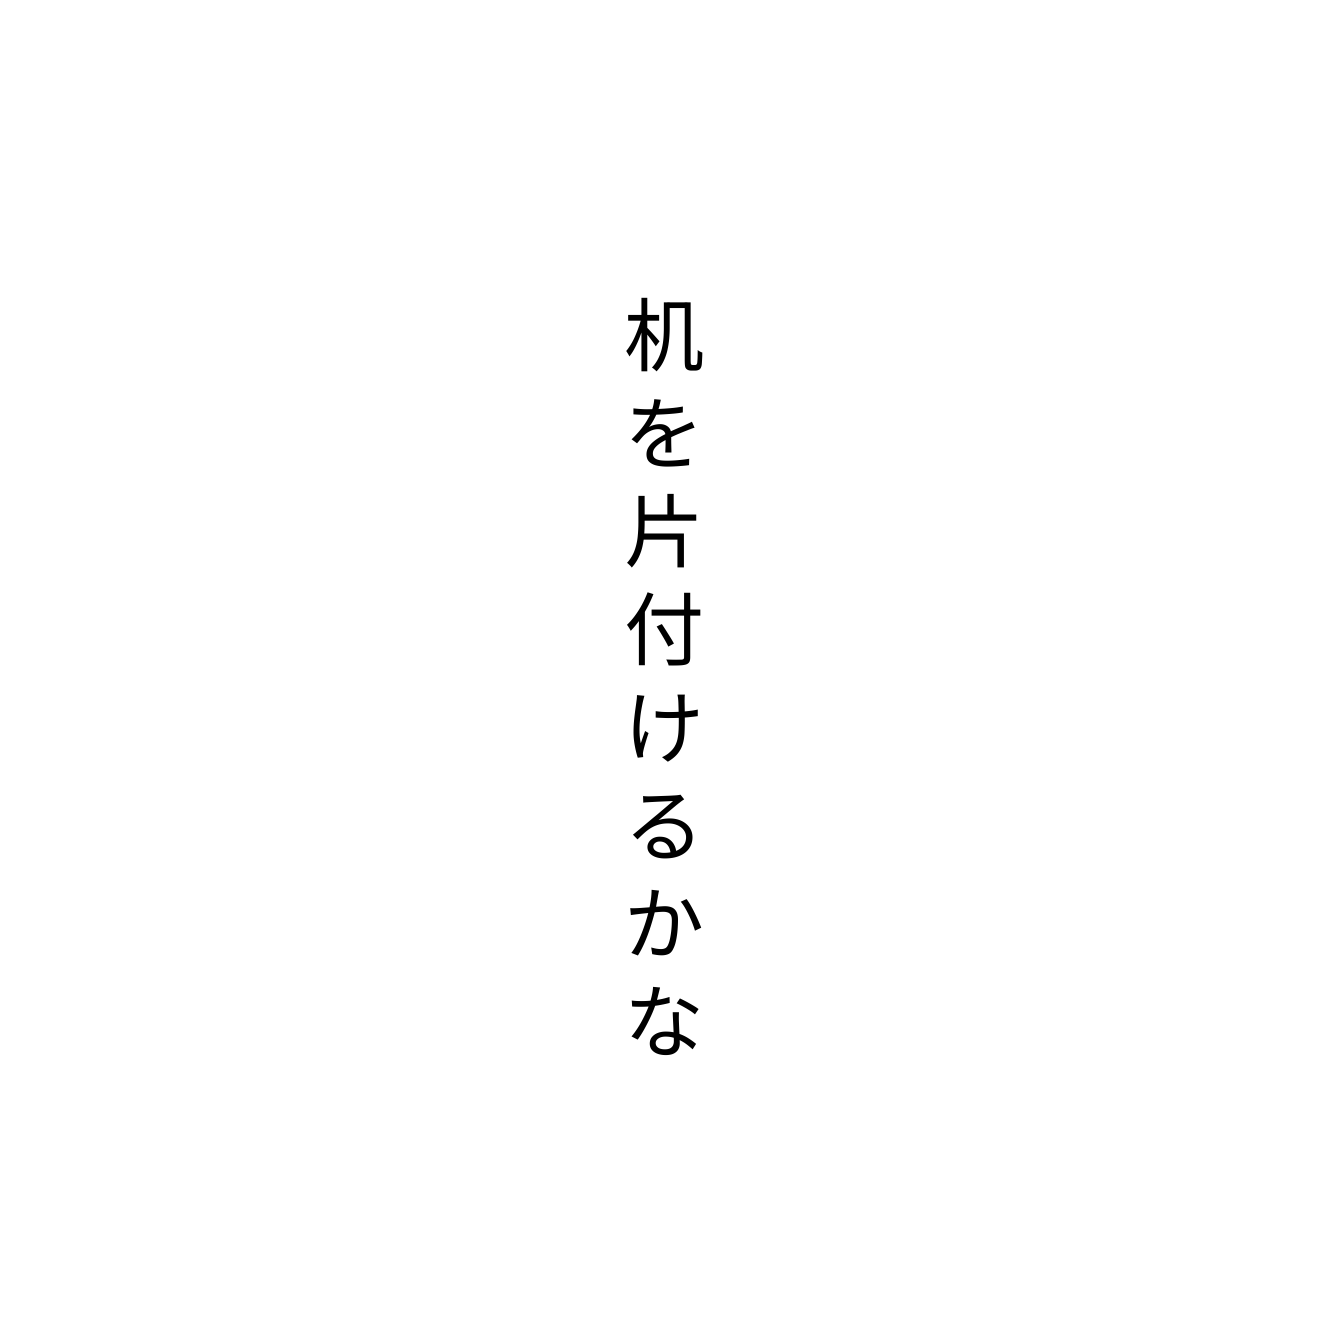
机を片付けるかな